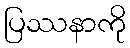
ပြဿနာကို